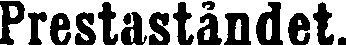
Prestaståndet.